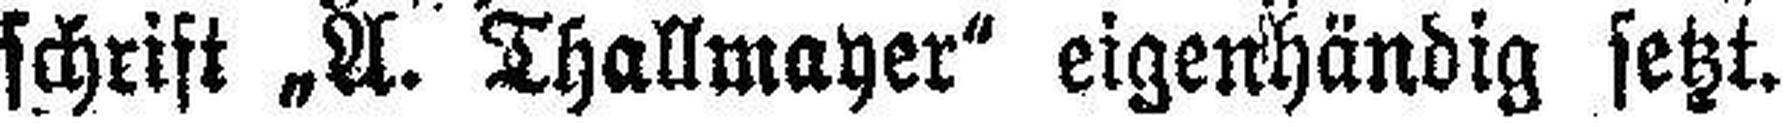
schrift „A. Thallmayer" eigenhändig setzt.